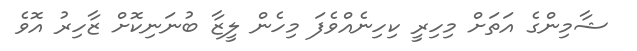
ޝާމިންގެ އަތަށް މިހިރީ ކިހިނެއްވެފަ މިހެން ލީޒާ ބުނަނިކޮށް ޒާހިރު އޮވެ